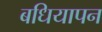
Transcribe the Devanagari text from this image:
बधियापन